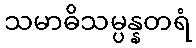
သမာဓိသမ္ပန္နတရံ